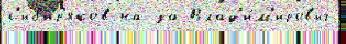
с'иб'ир'яко́в на за Влад'и́м'иров'ич